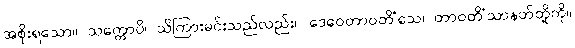
အစိုးရသော။ သက္ကောပိ၊ သိကြားမင်းသည်လည်း။ ဒေဝေတာဝတိံသေ၊ တာဝတိံသာနတ်တို့ကို။